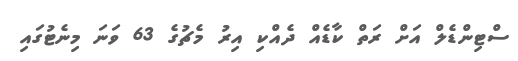
ސްޓިންޑެލް އަށް ރަތް ކާޑެއް ދެއްކި އިރު މެޗުގެ 63 ވަނަ މިނެޓުގައި